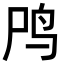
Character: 鸤